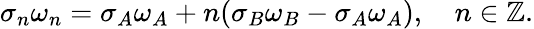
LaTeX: \sigma_{n}\omega_{n}=\sigma_{A}\omega_{A}+n(\sigma_{B}\omega_{B}-\sigma_{A}\omega_{A}),\quad n\in\mathbb{Z}.